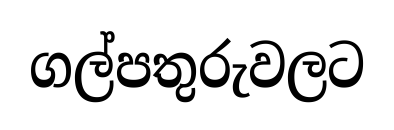
ගල්පතුරුවලට